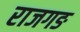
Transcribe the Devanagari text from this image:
राजगङ